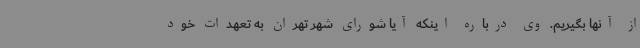
از آنها بگیریم. وی درباره اینکه آیا شورای شهر تهران به تعهدات خود